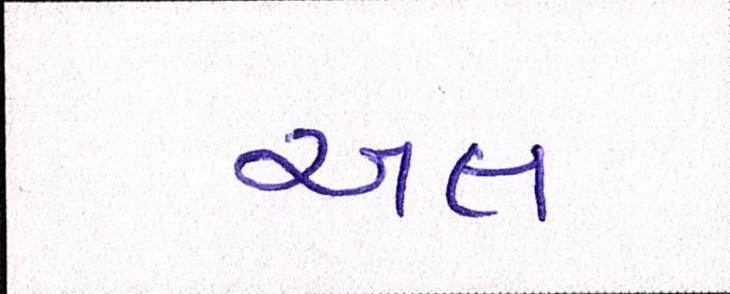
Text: અલ